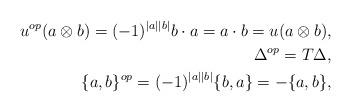
LaTeX: \begin{align*}u^{op}(a\otimes b)=(-1)^{|a||b|}b\cdot a=a\cdot b=u(a\otimes b),&\\\Delta^{op}=T\Delta,&\\\{a, b\}^{op}=(-1)^{|a||b|}\{b, a\}=-\{a, b\},&\end{align*}